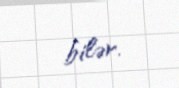
bilər.